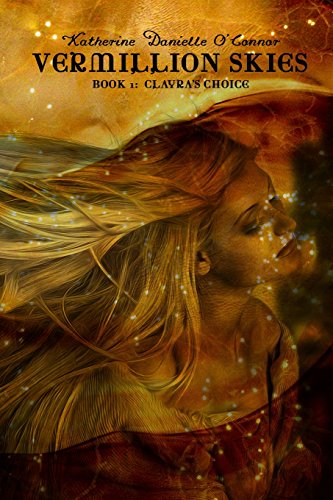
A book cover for Vermillion Skies: Book 1:  Clayra's Choice (Volume 1); Katherine Danielle O'Connor; Romance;